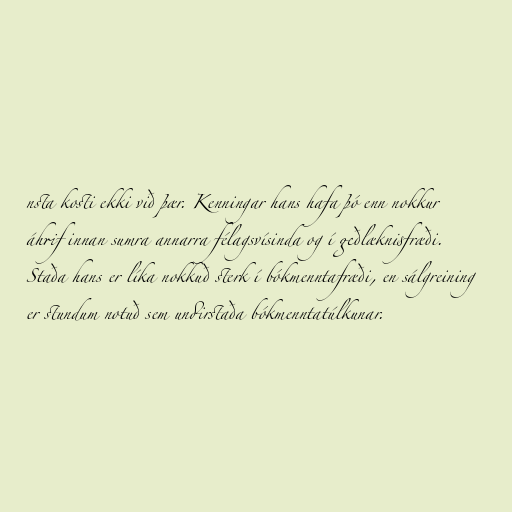
nsta kosti ekki við þær. Kenningar hans hafa þó enn nokkur
áhrif innan sumra annarra félagsvísinda og í geðlæknisfræði.
Staða hans er líka nokkuð sterk í bókmenntafræði, en sálgreining
er stundum notuð sem undirstaða bókmenntatúlkunar.